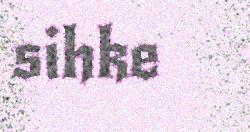
sihke